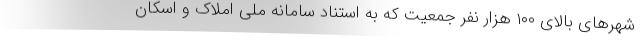
شهرهای بالای ۱۰۰ هزار نفر جمعیت که به استناد سامانه ملی املاک و اسکان